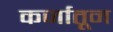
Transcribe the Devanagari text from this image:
कर्जातून